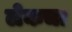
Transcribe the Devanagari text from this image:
लेकचा